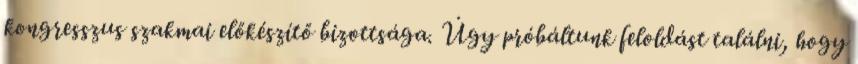
kongresszus szakmai előkészítő bizottsága. Úgy próbáltunk feloldást találni, hogy